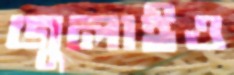
জুলাইও